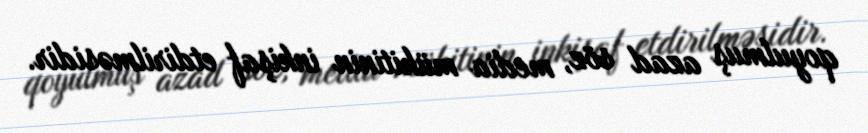
qoyulmuş azad söz, media mühitinin inkişaf etdirilməsidir.